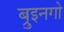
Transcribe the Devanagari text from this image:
ब्रुइनगो